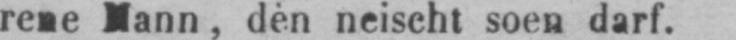
rene Mann, dèn neischt soen darf.